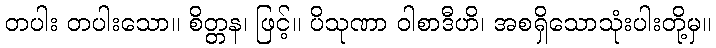
တပါး တပါးသော။ စိတ္တန၊ ဖြင့်။ ပိသုဏာ ဝါစာဒီဟိ၊ အစရှိသောသုံးပါးတို့မှ။